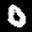
Label: 0